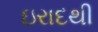
ઇરાદથી